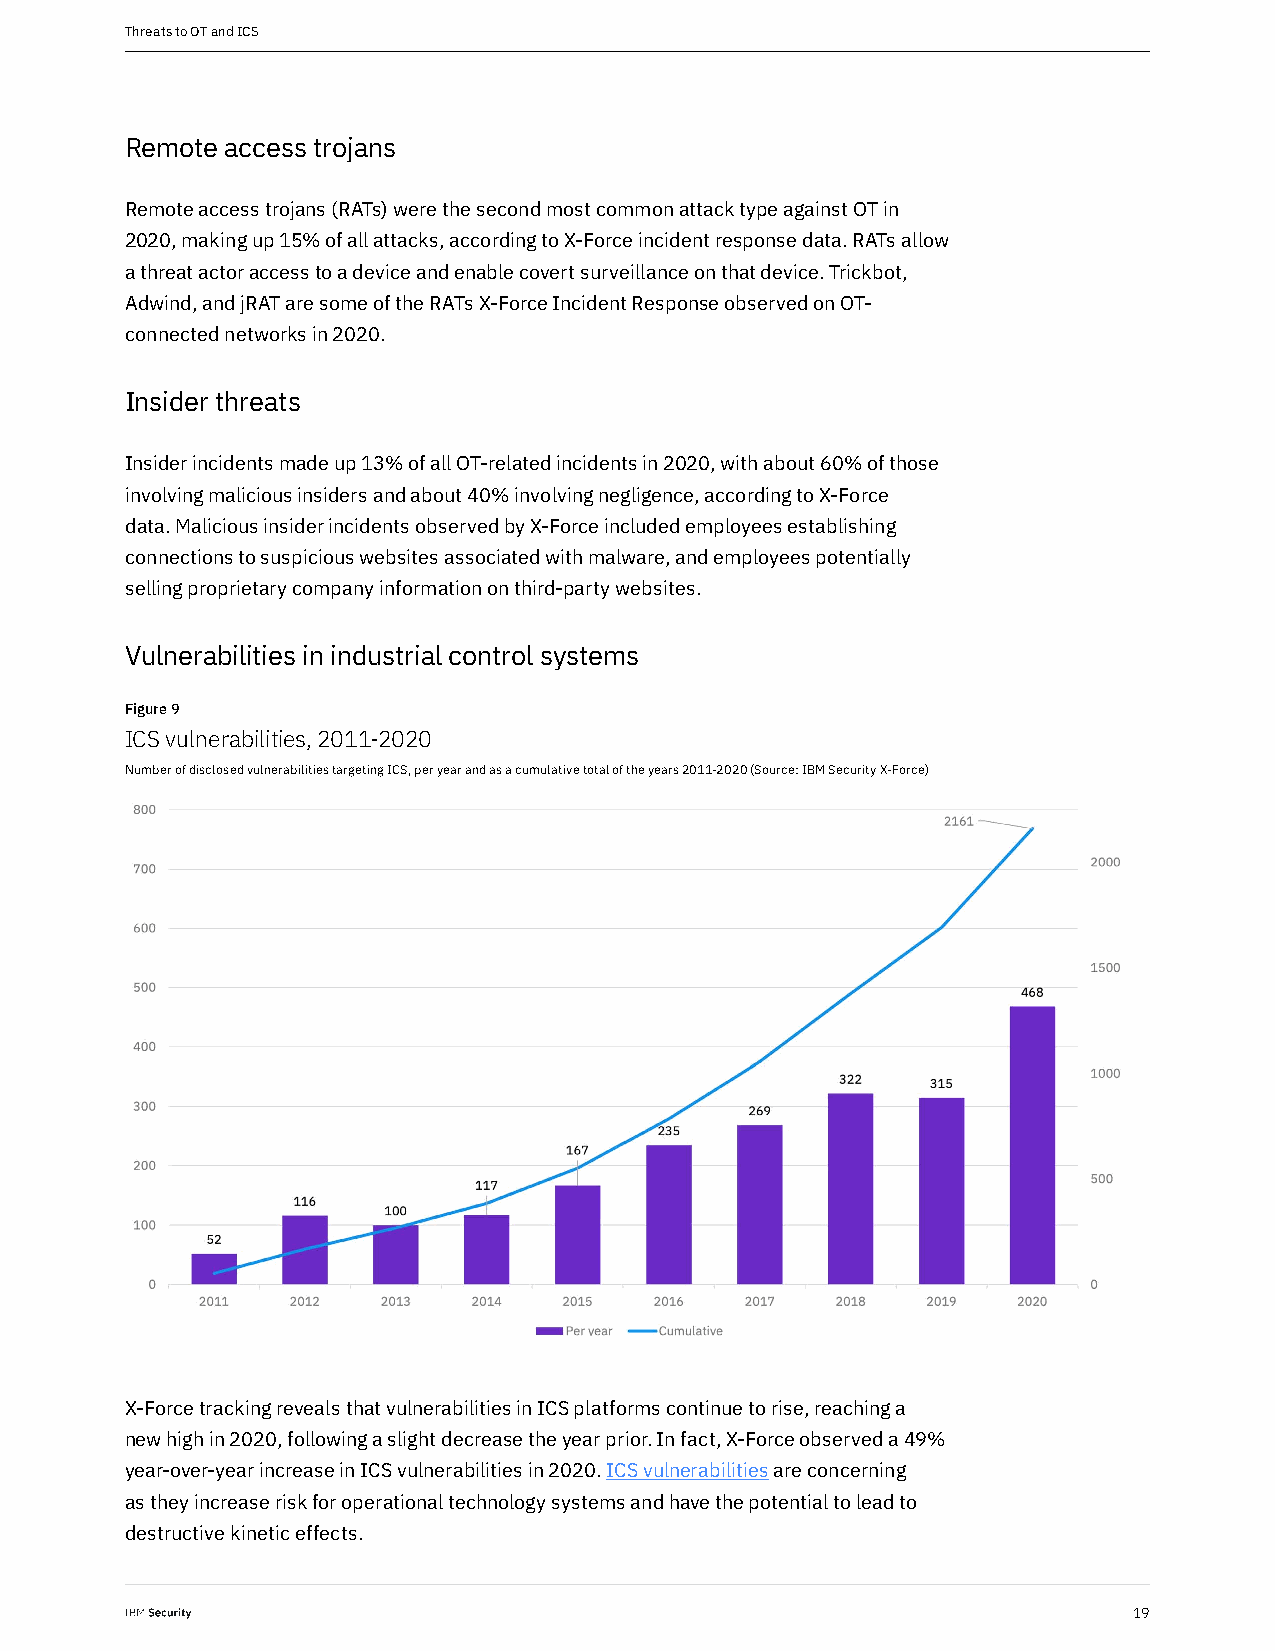
Threats to OT and ICS
 Remote access trojans
 Remote access trojans (RATs) were the second most common attack type against OT in
 2020, making up 15% of all attacks, according to X-Force incident response data. RATs allow
 a threat actor access to a device and enable covert surveillance on that device. Trickbot,
 Adwind, and jRAT are some of the RATs X-Force Incident Response observed on OT-
 connected networks in 2020.
 Insider threats
 Insider incidents made up 13% of all OT-related incidents in 2020, with about 60% of those
 involving malicious insiders and about 40% involving negligence, according to X-Force
 data. Malicious insider incidents observed by X-Force included employees establishing
 connections to suspicious websites associated with malware, and employees potentially
 selling proprietary company information on third-party websites.
 Vulnerabilities in industrial control systems
 Figure 9
 ICS vulnerabilities, 2011-2020
 Number of disclosed vulnerabilities targeting ICS, per year and as a cumulative total of the years 2011-2020 (Source: IBM Security X-Force)
 X-Force tracking reveals that vulnerabilities in ICS platforms continue to rise, reaching a
 new high in 2020, following a slight decrease the year prior. In fact, X-Force observed a 49%
 year-over-year increase in ICS vulnerabilities in 2020. ICS vulnerabilities are concerning
 as they increase risk for operational technology systems and have the potential to lead to
 destructive kinetic effects.
 19